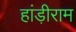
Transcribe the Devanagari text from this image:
हांड़ीराम